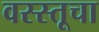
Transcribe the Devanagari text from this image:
वस्स्तूचा